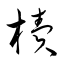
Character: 櫝